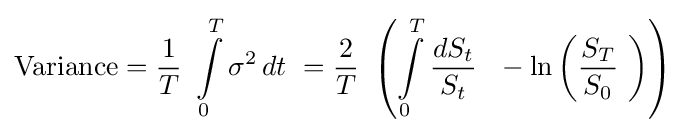
{\text{Variance}}={\frac {1}{T}}\ \int \limits _{0}^{T}\sigma ^{2}\,dt\ ={\frac {2}{T}}\ \left(\int \limits _{0}^{T}{\frac {dS_{t}}{S_{t}}}\ \ -\ln \left({\frac {S_{T}}{S_{0}}}\ \right)\right)